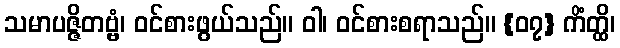
သမာပဇ္ဇိတဗ္ဗံ၊ ဝင်စားဖွယ်သည်။ ဝါ၊ ဝင်စားစရာသည်။ {၀၇} ကိံတ္ထိ၊